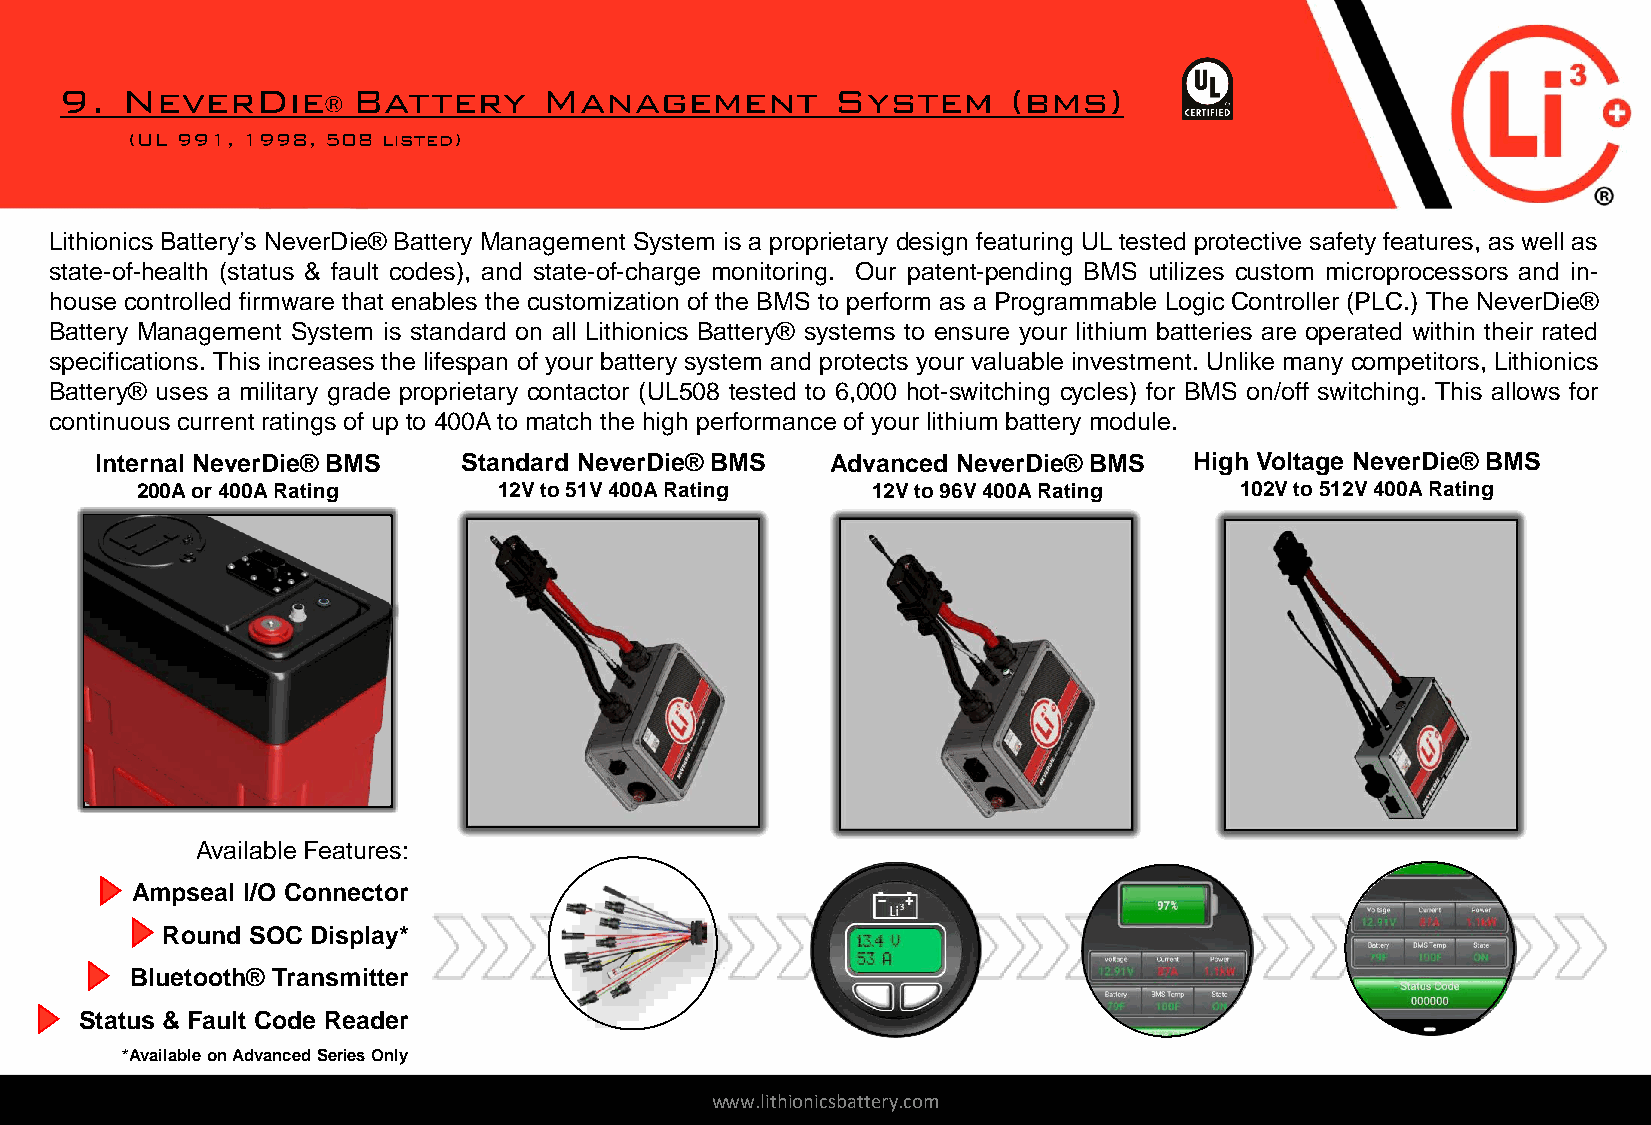
Lithionics Battery’s NeverDie® Battery Management System is a proprietary design featuring UL tested protective safety features, as well as
 state-of-health (status & fault codes), and state-of-charge monitoring. Our patent-pending BMS utilizes custom microprocessors and in-
 house controlled firmware that enables the customization of the BMS to perform as a Programmable Logic Controller (PLC.) The NeverDie®
 Battery Management System is standard on all Lithionics Battery® systems to ensure your lithium batteries are operated within their rated
 specifications. This increases the lifespan of your battery system and protects your valuable investment. Unlike many competitors, Lithionics
 Battery® uses a military grade proprietary contactor (UL508 tested to 6,000 hot-switching cycles) for BMS on/off switching. This allows for
 continuous current ratings of up to 400Ato match the high performance of your lithium battery module.
 Internal NeverDie® BMS   Standard NeverDie® BMS  Advanced NeverDie® BMS  High Voltage NeverDie® BMS
 200A or 400A Rating     12V to 51V 400A Rating   12V to 96V 400A Rating  102V to 512V 400A Rating
 Available Features:
 Ampseal I/O Connector
 Round SOC Display*
 Bluetooth® Transmitter
 Status & Fault Code Reader
 *Available on Advanced Series Only
 www.lithionicsbattery.com